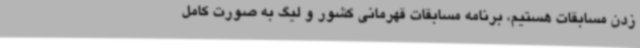
زدن مسابقات هستیم، برنامه مسابقات قهرمانی کشور و لیگ به صورت کامل